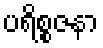
ပရိစ္စဇနာ